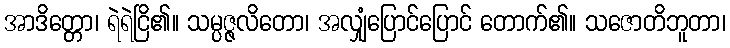
အာဒိတ္တော၊ ရဲရဲငြိ၏။ သမ္ပဇ္ဇလိတော၊ အလျှံပြောင်ပြောင် တောက်၏။ သဇောတိဘူတာ၊